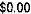
$0.00